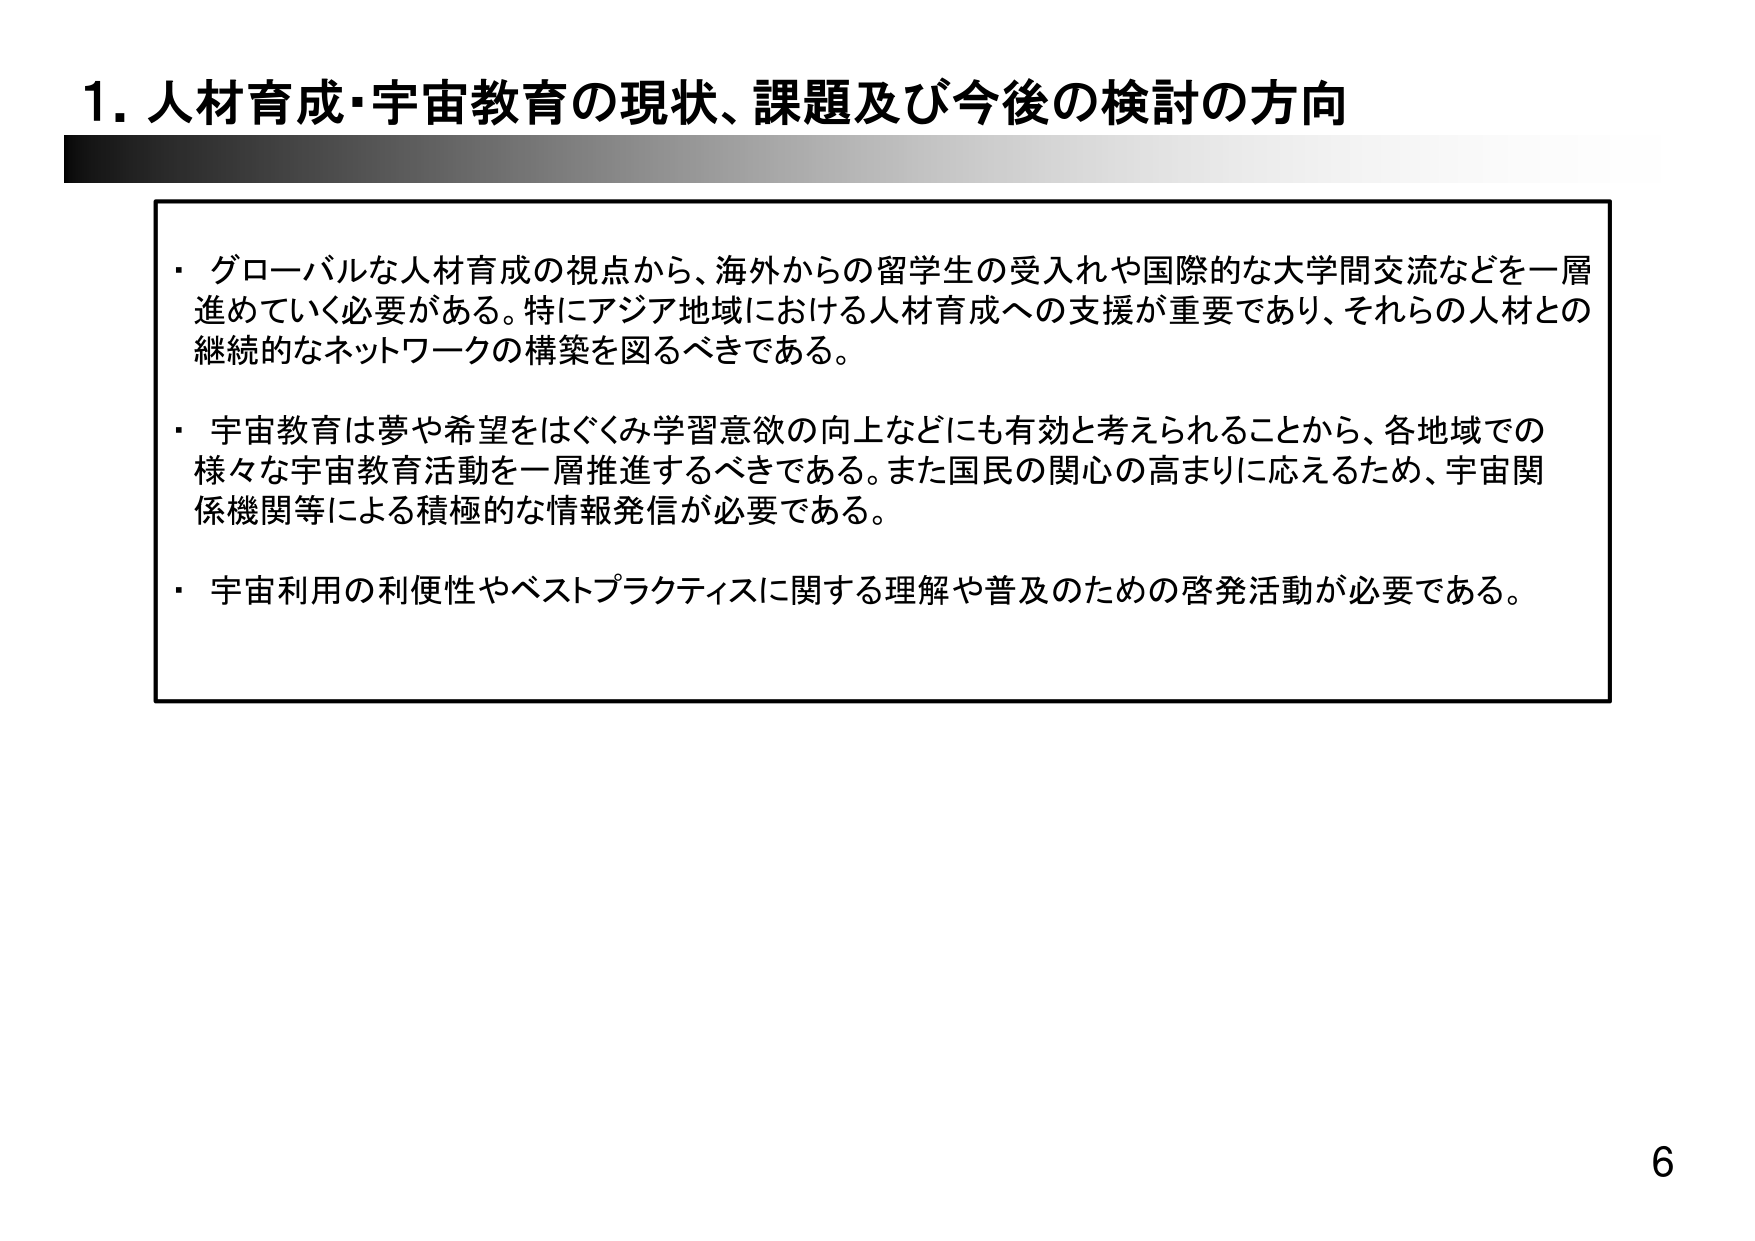
1. 人材育成・宇宙教育の現状、課題及び今後の検討の方向

・グローバルな人材育成の視点から、海外からの留学生の受入れや国際的な大学間交流などを一層進めていく必要がある。特にアジア地域における人材育成への支援が重要であり、それらの人材との継続的なネットワークの構築を図るべきである。

・宇宙教育は夢や希望をはぐくみ学習意欲の向上などにも有効と考えられることから、各地域での様々な宇宙教育活動を一層推進するべきである。また国民の関心の高まりに応えるため、宇宙関係機関等による積極的な情報発信が必要である。

・宇宙利用の利便性やベストプラクティスに関する理解や普及のための啓発活動が必要である。

6